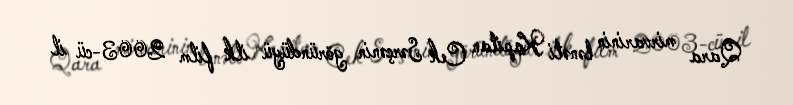
Qara mirvarinin lənəti Kapitan Cek Sərçənin göründüyü ilk film 2003-cü il